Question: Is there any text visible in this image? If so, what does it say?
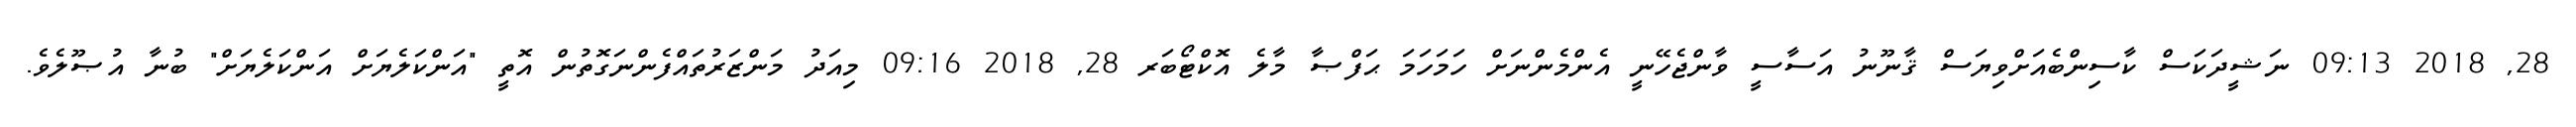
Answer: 28, 2018 09:13 ނަޝީދަކަސް ކާސިންބެއަށްވިޔަސް ޤާނޫނު އަސާސީ ވާންޖެހޭނީ އެންމެންނަށް ހަމަހަމަ ޙަފްޞާ މާލެ އޮކްޓޯބަރ 28, 2018 09:16 މިއަދު މަންޒަރުތައްފެންނަގޮތުން އޮތީ "އަންކަލެޔަށް އަންކަލެޔަށް" ބުނާ އުޞޫލެވެ.